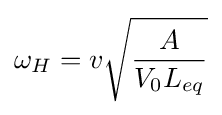
\omega _{H}=v{\sqrt {\frac {A}{V_{0}L_{eq}}}}